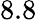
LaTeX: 8.8